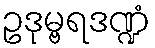
ဥဒုမ္ဗရဒဏ္ဍံ